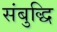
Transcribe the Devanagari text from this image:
संबुद्धि